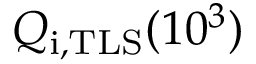
Q _ { \mathrm { i , T L S } } ( 1 0 ^ { 3 } )